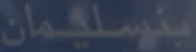
بنسلليمان